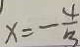
x = - \frac { 4 } { 3 }